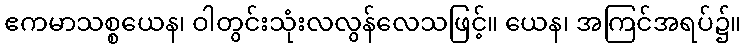
ဧကမာသစ္စယေန၊ ဝါတွင်းသုံးလလွန်လေသဖြင့်။ ယေန၊ အကြင်အရပ်၌။